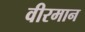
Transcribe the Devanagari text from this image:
वीरमान